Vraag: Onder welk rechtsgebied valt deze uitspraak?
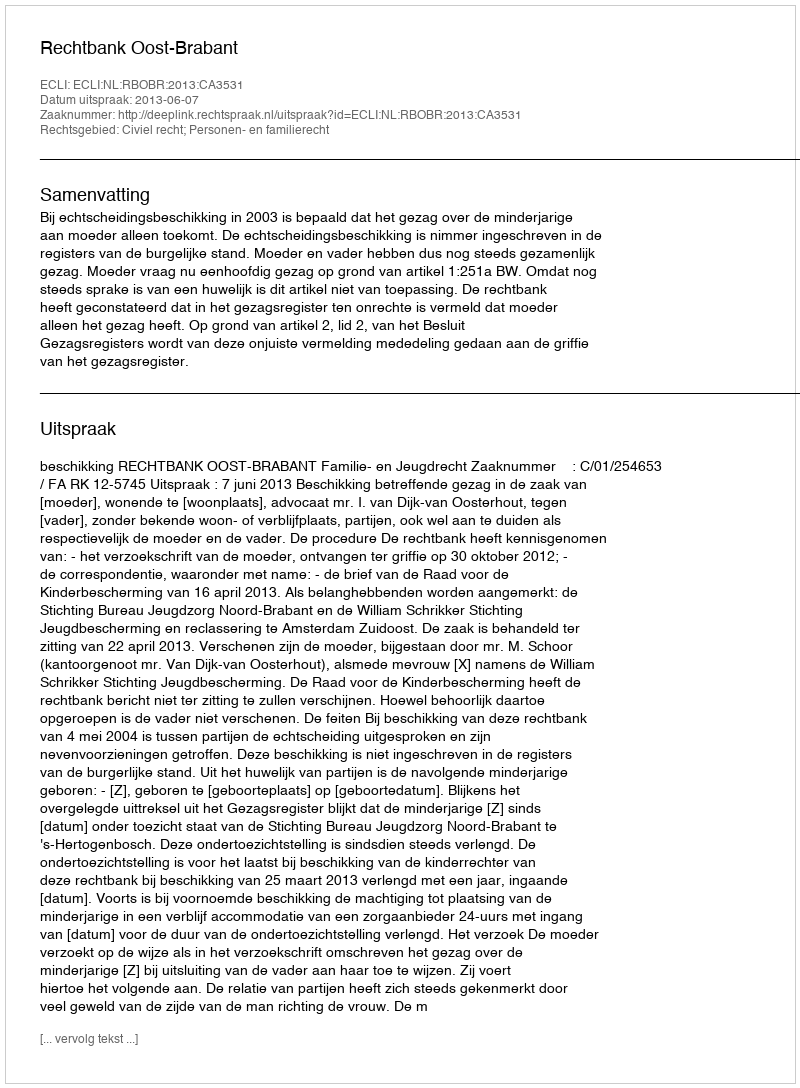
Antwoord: Civiel recht; Personen- en familierecht